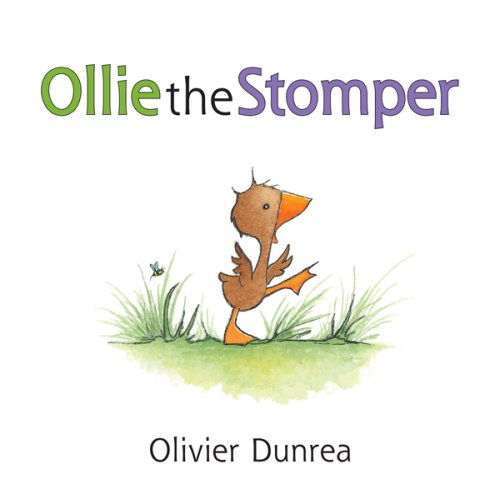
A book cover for Ollie the Stomper (Gossie & Friends); Olivier Dunrea; Children's Books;